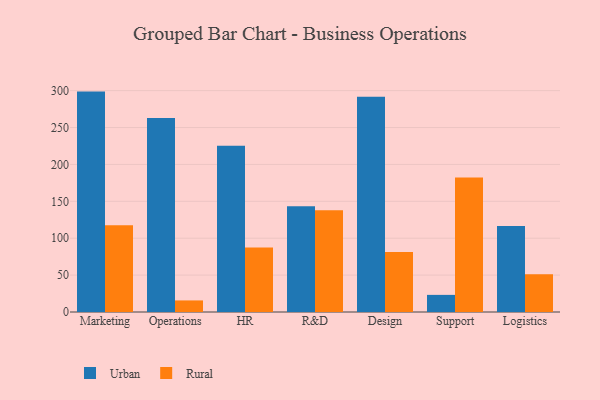
{"axis": {"x": "Department", "y": "Energy Usage (MWh)"}, "legend": ["Rural", "Urban"], "data": [{"x": "Marketing", "y": 298.7, "type": "Urban"}, {"x": "Marketing", "y": 117.7, "type": "Rural"}, {"x": "Operations", "y": 262.8, "type": "Urban"}, {"x": "Operations", "y": 15.7, "type": "Rural"}, {"x": "HR", "y": 225.2, "type": "Urban"}, {"x": "HR", "y": 87.3, "type": "Rural"}, {"x": "R&D", "y": 143.2, "type": "Urban"}, {"x": "R&D", "y": 137.8, "type": "Rural"}, {"x": "Design", "y": 291.8, "type": "Urban"}, {"x": "Design", "y": 81.2, "type": "Rural"}, {"x": "Support", "y": 23.2, "type": "Urban"}, {"x": "Support", "y": 182.2, "type": "Rural"}, {"x": "Logistics", "y": 116.6, "type": "Urban"}, {"x": "Logistics", "y": 51.1, "type": "Rural"}]}